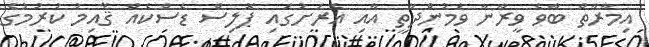
އިމާރާތް ބާވެ ވީރާނާ ވަމުންދާތީ އާއި އެރަށުގައި ޕޮލިސް ޑެސްކެެއް ޤާއިމު ކުރުމުގެ